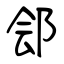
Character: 郐